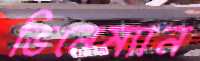
ভিনেম্যান